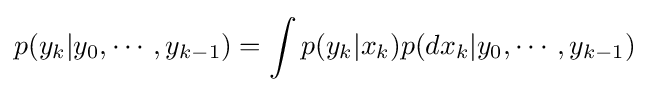
p(y_{k}|y_{0},\cdots ,y_{k-1})=\int p(y_{k}|x_{k})p(dx_{k}|y_{0},\cdots ,y_{k-1})